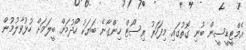
އެމްޓީޑީސީން ބުނި ގޮތުގައި މިފަހަރު ރިސޯޓް ހިންގާނެ ބަޔަކު ހޯދުމަށް ބީލަމަށް ހުޅުވާލުމުން